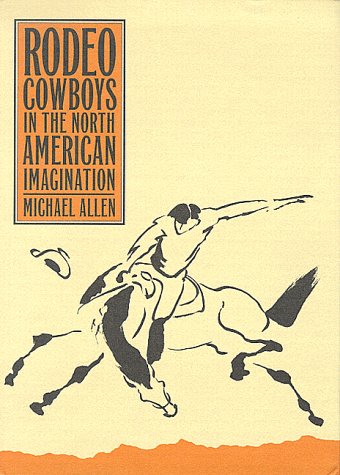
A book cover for Rodeo Cowboys In The North American Imagination (Shepperson Series in History Humanities); Michael Allen; Sports & Outdoors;